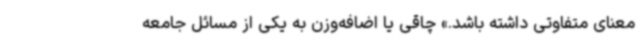
معنای متفاوتی داشته باشد.» چاقی یا اضافه‌وزن به یکی از مسائل جامعه